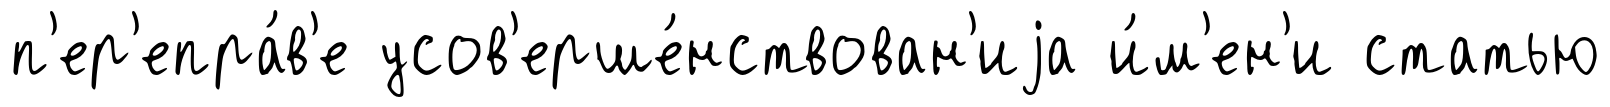
п'ер'епра́в'е усов'ерше́нствован'иjа и́м'ен'и статью